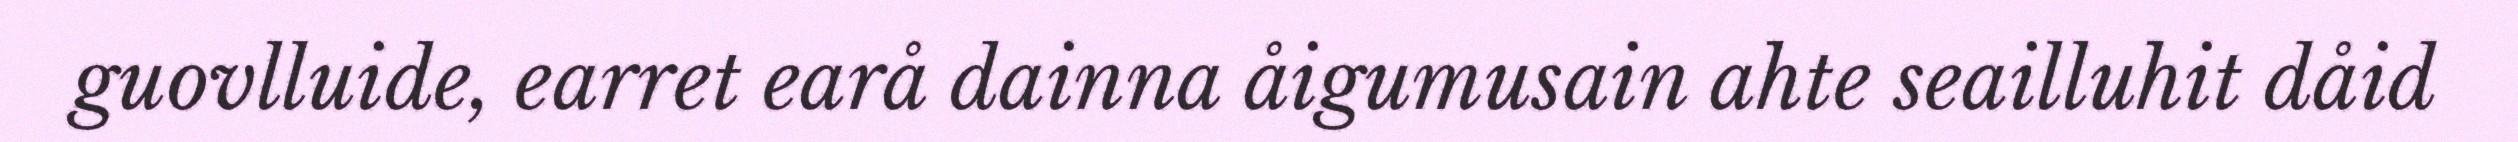
guovlluide, earret earå dainna åigumusain ahte seailluhit dåid